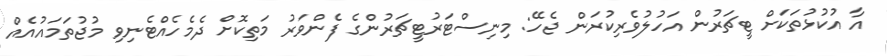
އާ އުކުޅުތަކަށް ޓީޗަރުން އަހުލުވެރިކުރަން ޖެހޭ: މިނިސްޓަރުޓީޗަރުންގެ ފެންވަރު މަތިކޮށް ދެމެހެއްޓެނިވި މުޖުތަމައުއެއް